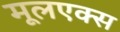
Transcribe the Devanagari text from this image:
मूलएक्स